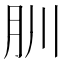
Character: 𦘶